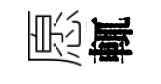
愿輒